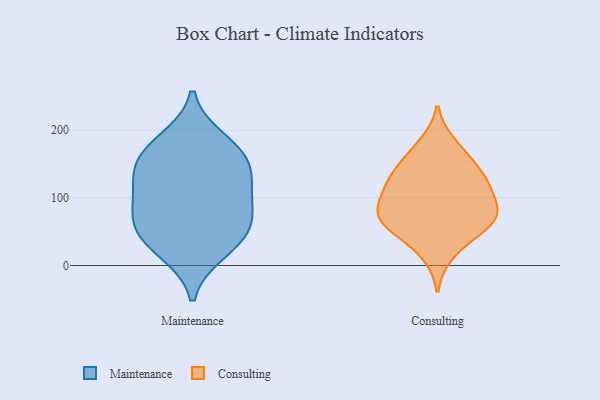
{"axis": {"x": "Conversion Rate (%)", "y": "Value"}, "legend": ["Consulting", "Maintenance"], "data": [{"x": "", "y": 163, "type": "Maintenance"}, {"x": "", "y": 36, "type": "Maintenance"}, {"x": "", "y": 21, "type": "Maintenance"}, {"x": "", "y": 78, "type": "Maintenance"}, {"x": "", "y": 118, "type": "Maintenance"}, {"x": "", "y": 184, "type": "Maintenance"}, {"x": "", "y": 139, "type": "Maintenance"}, {"x": "", "y": 65, "type": "Maintenance"}, {"x": "", "y": 107, "type": "Maintenance"}, {"x": "", "y": 160, "type": "Maintenance"}, {"x": "", "y": 55, "type": "Maintenance"}, {"x": "", "y": 178, "type": "Consulting"}, {"x": "", "y": 92, "type": "Consulting"}, {"x": "", "y": 76, "type": "Consulting"}, {"x": "", "y": 63, "type": "Consulting"}, {"x": "", "y": 90, "type": "Consulting"}, {"x": "", "y": 51, "type": "Consulting"}, {"x": "", "y": 18, "type": "Consulting"}, {"x": "", "y": 128, "type": "Consulting"}, {"x": "", "y": 114, "type": "Consulting"}, {"x": "", "y": 71, "type": "Consulting"}, {"x": "", "y": 161, "type": "Consulting"}, {"x": "", "y": 137, "type": "Consulting"}, {"x": "", "y": 127, "type": "Consulting"}, {"x": "", "y": 61, "type": "Consulting"}]}